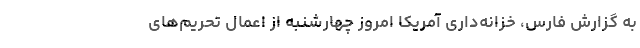
به گزارش فارس، خزانه‌داری آمریکا امروز چهارشنبه از اعمال تحریم‌های